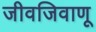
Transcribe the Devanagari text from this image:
जीवजिवाणू